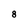
Character: 8